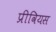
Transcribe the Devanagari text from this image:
प्रीवियस